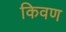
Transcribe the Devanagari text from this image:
किवण